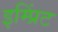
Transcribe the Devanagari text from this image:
इम्‍प्रिंट